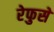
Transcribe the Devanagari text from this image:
रेफुसे